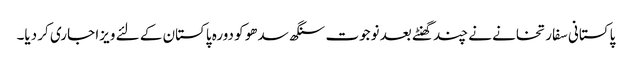
پاکستانی سفارتخانے نے چند گھنٹے بعد نوجوت سنگھ سدھو کو دورہ پاکستان کے لئے ویزا جاری کر دیا۔